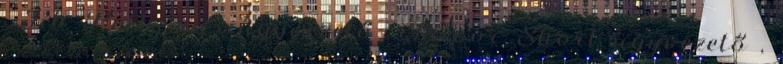
, Jib Polhemus ügyvezető , Trevor Short ügyvezető ,